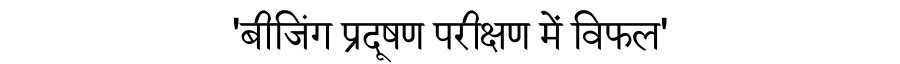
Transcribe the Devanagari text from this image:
'बीजिंग प्रदूषण परीक्षण में विफल'